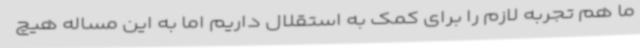
ما هم تجربه لازم را برای کمک به استقلال داریم اما به این مساله هیچ